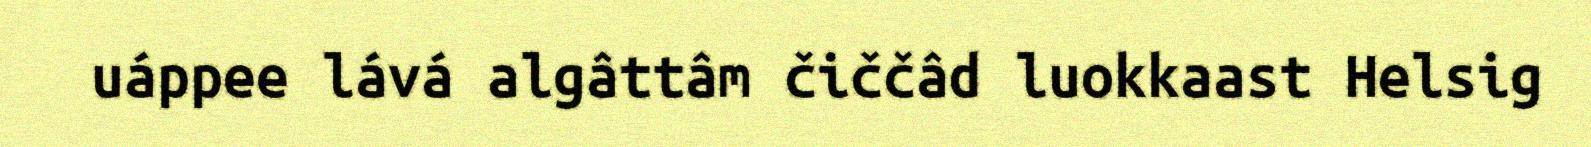
uáppee lává algâttâm čiččâd luokkaast Helsig